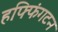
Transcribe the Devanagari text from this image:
हफ्फिंगटन